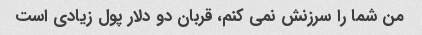
من شما را سرزنش نمی کنم، قربان دو دلار پول زیادی است